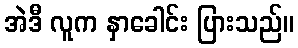
အဲဒီ လူက နှာခေါင်း ပြားသည်။